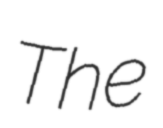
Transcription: The